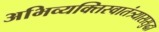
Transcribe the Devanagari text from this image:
अभिव्यक्तिस्वातंत्र्याससुद्धा